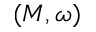
( M , \omega )